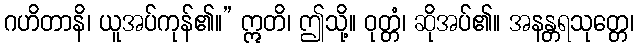
ဂဟိတာနိ၊ ယူအပ်ကုန်၏။” ဣတိ၊ ဤသို့။ ဝုတ္တံ၊ ဆိုအပ်၏။ အနန္တရသုတ္တေ၊